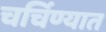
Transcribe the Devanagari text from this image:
चर्चिण्यात